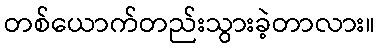
တစ်ယောက်တည်းသွားခဲ့တာလား။